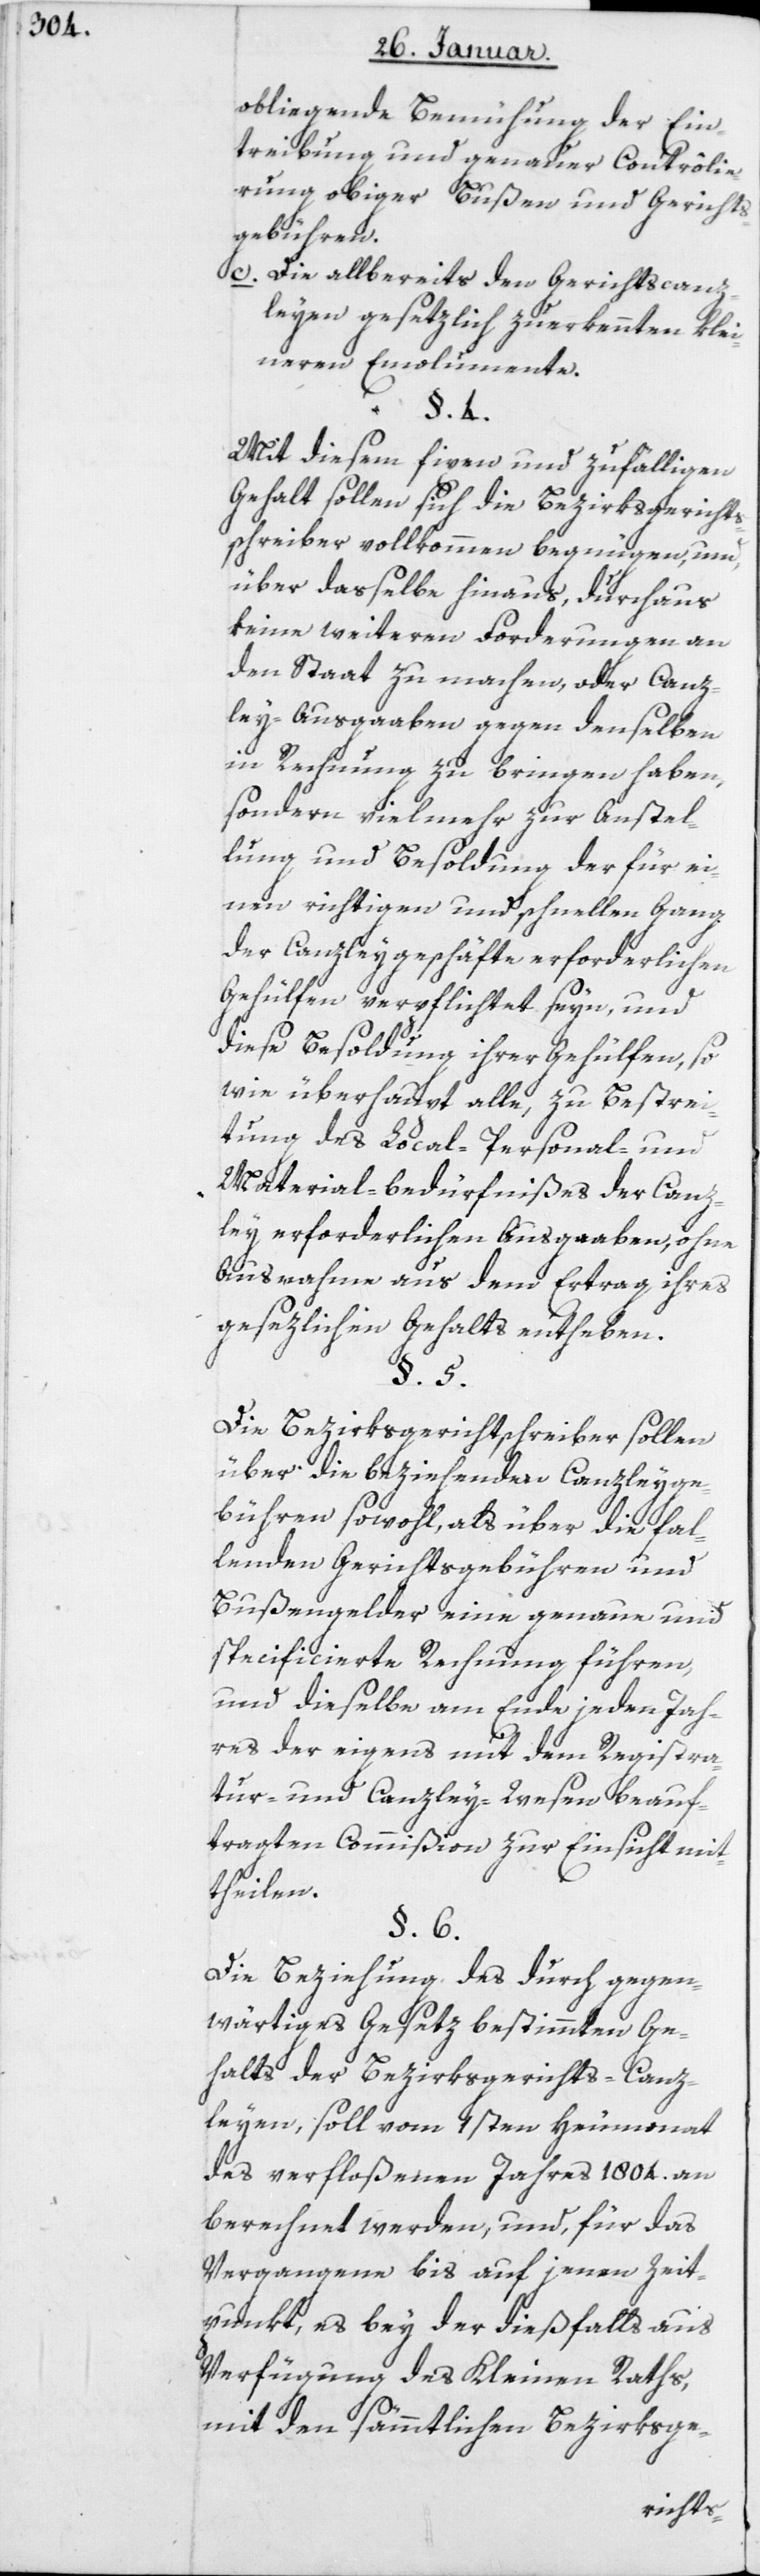
obliegende Bemühung der Ein¬
treibung und genauer Contrôlie¬
rung obiger Bußen und Gerichts¬
gebühren.
c) Die allbereits den Gerichtscanz¬
leyen gesetzlich zuerkennten klei¬
neren Emolumente.
Mit diesem fixen und zufälligen
Gehalt sollen sich die Bezirksgericht¬
schreiber vollkommen begnügen, und
über daßelbe hinaus, durchaus
keine weiteren Forderungen an
den Staat zu machen, oder Canz¬
ley-Ausgaaben gegen denselben
in Rechnung zu bringen haben,
sondern vielmehr zur Anstel¬
lung und Besoldung der für ei¬
nen richtigen und schnellen Gang
der Canzleygeschäfte erforderlichen
Gehülfen verpflichtet seyn, und
diese Besoldung ihrer Gehülfen, so¬
wie überhaupt alle, zu Bestrei¬
tung des Local-, Personal- und
Material-Bedürfnißes der Canz¬
ley erforderlichen Ausgaaben, ohne
Ausnahme aus dem Ertrag ihres
gesetzlichen Gehalts entheben.
Die Bezirksgerichtschreiber sollen
über die beziehenden Canzleyge¬
bühren sowohl, als über die fal¬
lenden Gerichtsgebühren und
Bußengelder eine genaue und
specificierte Rechnung führen,
und dieselbe am Ende jeden Jah¬
res der eigens mit dem Registra¬
tur- und Canzley-Wesen beauf¬
tragten Commißion zur Einsicht mit¬
theilen.
Die Beziehung des durch gegen¬
wärtiges Gesetz bestimmten Ge¬
halts der Bezirksgerichts-Canz¬
leyen, soll vom 1sten Heumonat
des verfloßenen Jahres 1804 an
berechnet werden, und für das
Vergangene bis auf jenen Zeit¬
punkt, es bey der dießfalls aus
Verfügung des Kleinen Raths
mit den sämmtlichen Bezirksge-